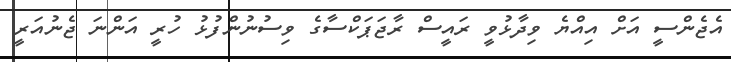
އެެޖެންސީ އަށް އިއްޔެ ވިދާޅުވީ ރައީސް ރާޖަޕަކްސާގެ ވިސުނުންފުޅު ހުރީ އަންނަ ޖެނުއަރީ